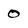
Character: 0